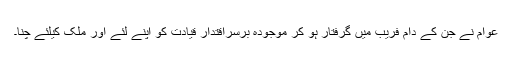
عوام نے جن کے دام فریب میں گرفتار ہو کر موجودہ برسراقتدار قیادت کو اپنے لئے اور ملک کیلئے چنا۔